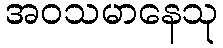
အဝသမာနေသု